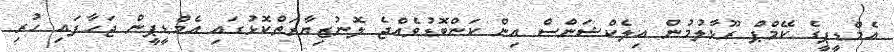
އެމްޑީޕީގެ ކޭމްޕް ރޫޅާލުމުން އިލެކްޝަންސް އިން ކަންބޮޑުވެއްޖެ ލޮނުޒިޔާރަތްކޮޅުގައި އެމްޑީޕީން ޖަހާފައި ހުރި